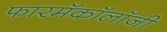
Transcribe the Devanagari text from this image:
फारमॅकॉलॉजी